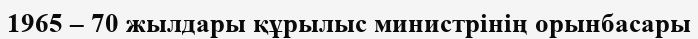
1965 – 70 жылдары құрылыс министрінің орынбасары